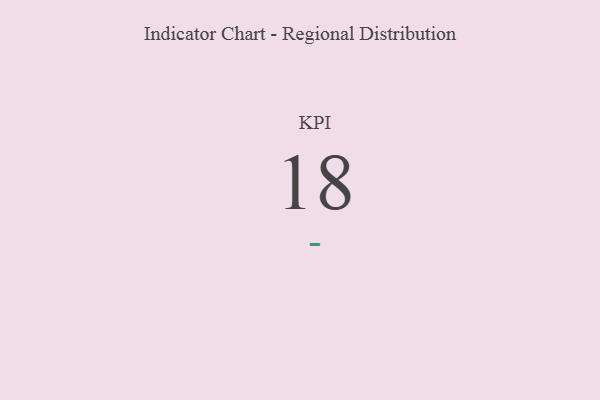
{"axis": {"x": "KPI", "y": "Value"}, "legend": [""], "data": [{"x": "KPI", "y": 18, "type": ""}]}